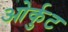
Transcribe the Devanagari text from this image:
ओर्कुट